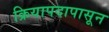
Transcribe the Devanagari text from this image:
क्रियापदापासून